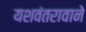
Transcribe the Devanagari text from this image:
यशवंतरावाने